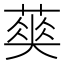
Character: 𦹬